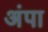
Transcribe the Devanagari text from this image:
अंपा